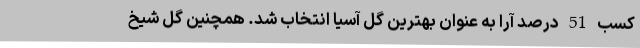
کسب 51 درصد آرا به عنوان بهترین گل آسیا انتخاب شد. همچنین گل شیخ